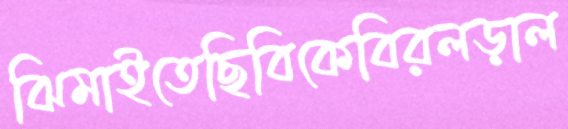
ঝিমাইতেছিবিকেবিরলড়াল